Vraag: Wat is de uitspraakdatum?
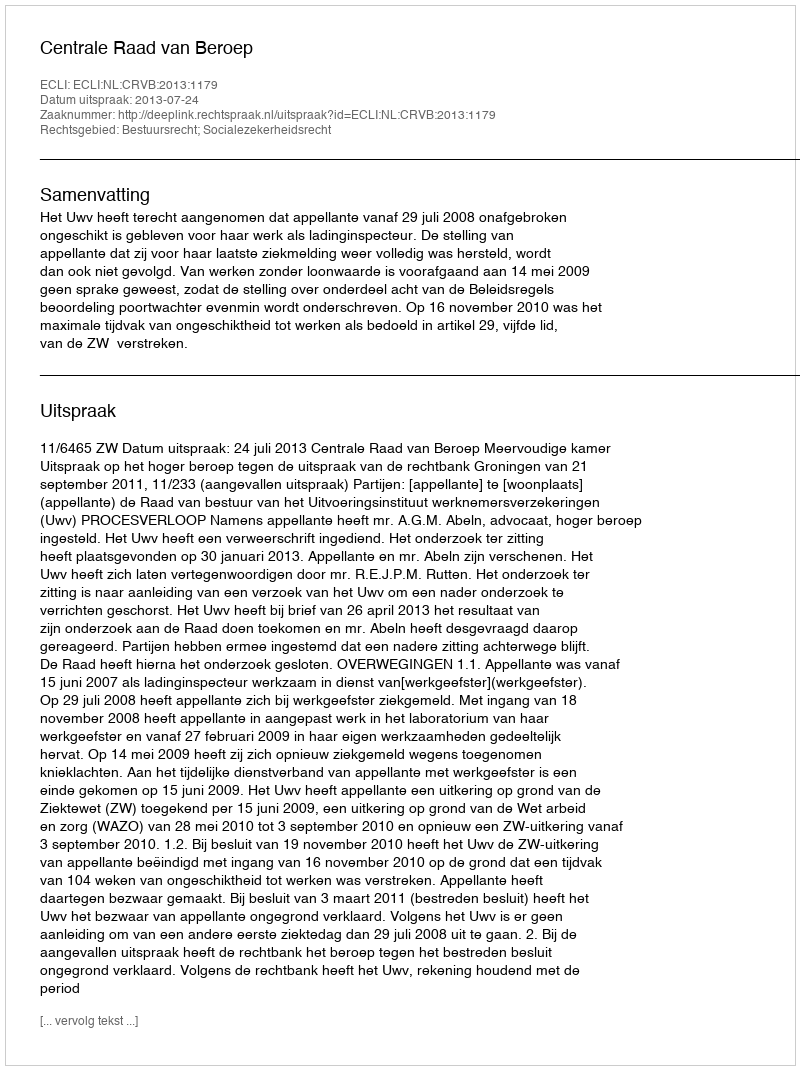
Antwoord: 2013-07-24